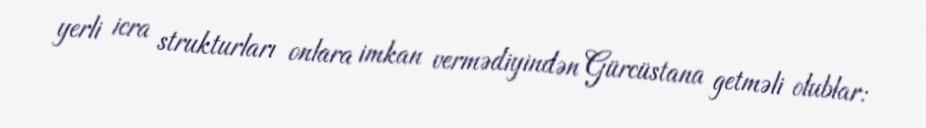
yerli icra strukturları onlara imkan vermədiyindən Gürcüstana getməli olublar: